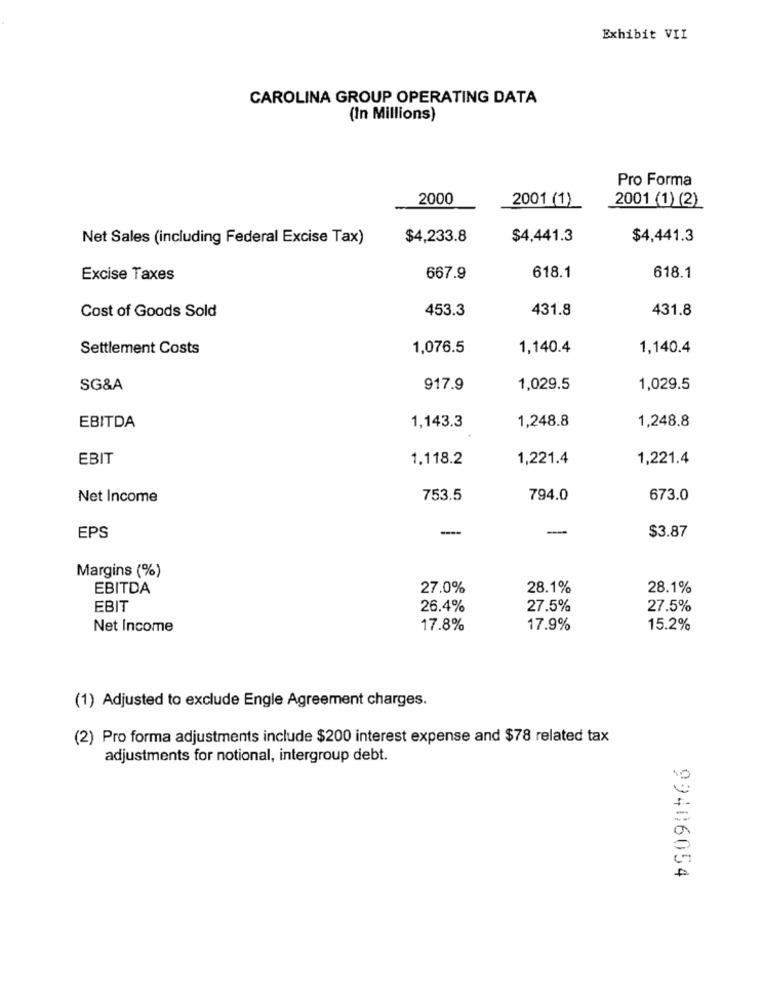
Exhibit VII
CAROLINA GROUP OPERATING DATA
(In Millions)
Pro Forma
2000
2001 (1)
2001 (1) (2)
Net Sales (including Federal Excise Tax)
$4,233.8
$4,441.3
$4,441.3
Excise Taxes
667.9
618.1
618.1
453.3
431.8
431.8
Cost of Goods Sold
Settlement Costs
1,076.5
1,140.4
1,140.4
SG&A
917.9
1,029.5
1,029.5
1,248.8
1,248.8
EBITDA
1,143.3
EBIT
1.118.2
1,221.4
1,221.4
Net Income
753.5
794.0
673.0
-
EPS
$3.87
Margins (%)
EBITDA
27.0%
28.1%
28.1%
EBIT
26.4%
27.5%
27.5%
Net Income
17.8%
17.9%
15.2%
(1) Adjusted to exclude Engle Agreement charges.
(2) Pro forma adjustments include $200 interest expense and $78 related tax
adjustments for notional, intergroup debt.
99406054